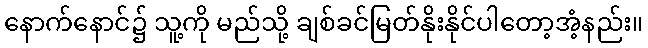
နောက်နောင်၌ သူ့ကို မည်သို့ ချစ်ခင်မြတ်နိုးနိုင်ပါတော့အံ့နည်း။